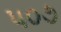
૫૦૭